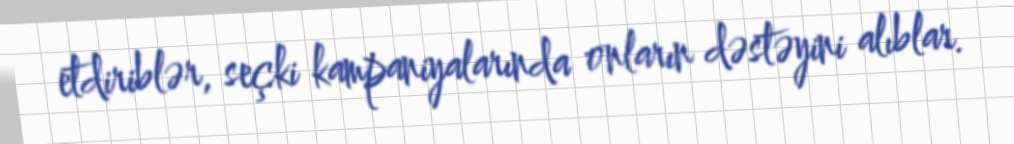
etdiriblər, seçki kampaniyalarında onların dəstəyini alıblar.